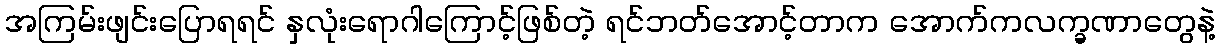
အကြမ်းဖျင်းပြောရရင် နှလုံးရောဂါကြောင့်ဖြစ်တဲ့ ရင်ဘတ်အောင့်တာက အောက်ကလက္ခဏာတွေနဲ့